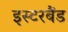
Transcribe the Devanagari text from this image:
इस्टरबैंड